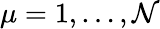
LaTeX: \mu=1,\dots,\mathcal{N}